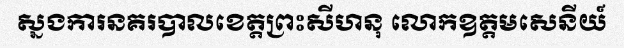
ស្នងការនគរបាលខេត្តព្រះសីហនុ លោកឧត្តមសេនីយ៍